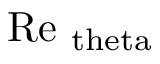
\mathrm { R e } _ { \mathrm { \ t h e t a } }